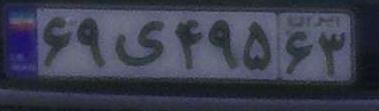
۶۹ی۴۹۵۶۳